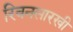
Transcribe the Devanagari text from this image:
रिबनसारखी